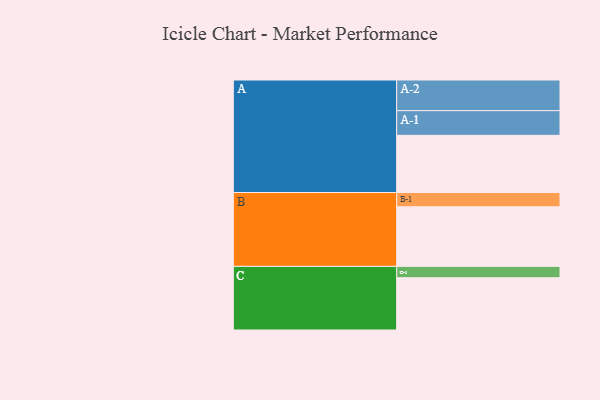
{"axis": {"x": "Segment", "y": "Value"}, "legend": ["", "A", "B", "C"], "data": [{"x": "A", "y": 489, "type": ""}, {"x": "B", "y": 509, "type": ""}, {"x": "C", "y": 447, "type": ""}, {"x": "A-1", "y": 211, "type": "A"}, {"x": "A-2", "y": 262, "type": "A"}, {"x": "B-1", "y": 122, "type": "B"}, {"x": "C-1", "y": 97, "type": "C"}]}